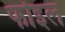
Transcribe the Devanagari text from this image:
फोइल